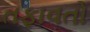
તફાવતો